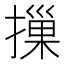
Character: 摷